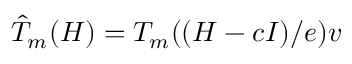
\hat { T } _ { m } ( H ) = T _ { m } ( ( H - c I ) / e ) v